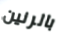
بالرنين